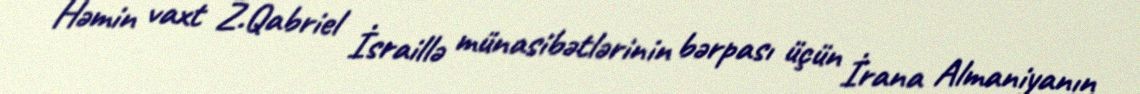
Həmin vaxt Z.Qabriel İsraillə münasibətlərinin bərpası üçün İrana Almaniyanın